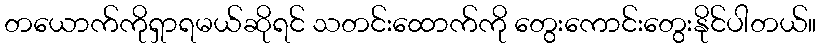
တယောက်ကိုရှာရမယ်ဆိုရင် သတင်းထောက်ကို တွေးကောင်းတွေးနိုင်ပါတယ်။